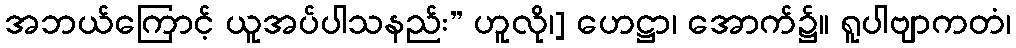
အဘယ်ကြောင့် ယူအပ်ပါသနည်း” ဟူလို၊] ဟေဋ္ဌာ၊ အောက်၌။ ရူပါဗျာကတံ၊